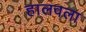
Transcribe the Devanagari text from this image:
हालवला